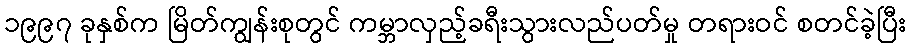
၁၉၉၇ ခုနှစ်က မြိတ်ကျွန်းစုတွင် ကမ္ဘာလှည့်ခရီးသွားလည်ပတ်မှု တရားဝင် စတင်ခဲ့ပြီး